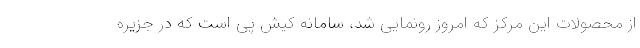
از محصولات این مرکز که امروز رونمایی شد، سامانه کیش پی است که در جزیره